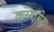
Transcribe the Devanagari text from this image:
कम्‍मामेटु